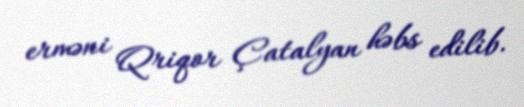
erməni Qriqor Çatalyan həbs edilib.